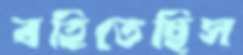
বহিতেছিস